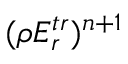
( \rho E _ { r } ^ { t r } ) ^ { n + 1 }